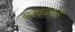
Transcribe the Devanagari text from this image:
पडवळाची